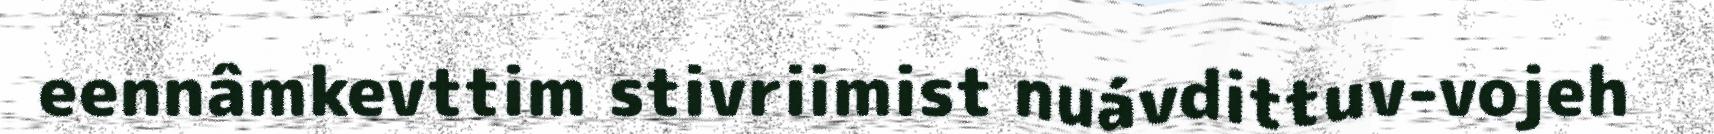
eennâmkevttim stivriimist nuávdittuv-vojeh